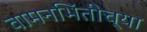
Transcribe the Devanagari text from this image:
वामनभिंतीच्या